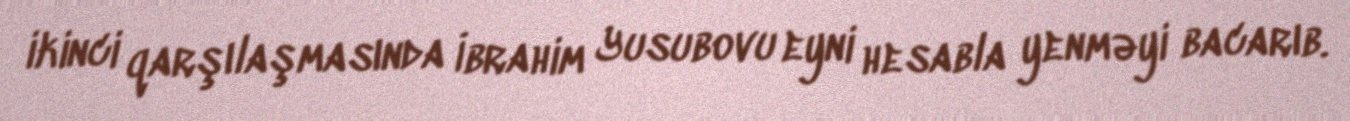
ikinci qarşılaşmasında İbrahim Yusubovu eyni hesabla yenməyi bacarıb.